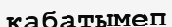
кабатымеп